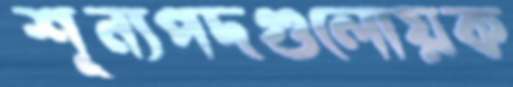
শূন্যপদগুলোয়ক